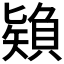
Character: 𰦠